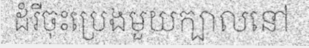
ដំរីចុះប្រេងមួយក្បាលនៅ